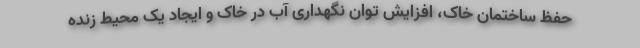
حفظ ساختمان خاک، افزایش توان نگهداری آب در خاک و ایجاد یک محیط زنده